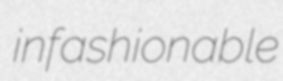
infashionable